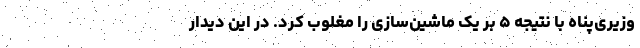
وزیری‌پناه با نتیجه ۵ بر یک ماشین‌سازی را مغلوب کرد. در این دیدار